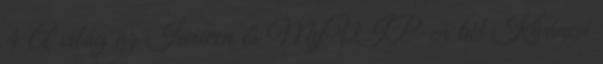
4 A világ az Iwiwen és MyVIP-en túl Kíváncsi